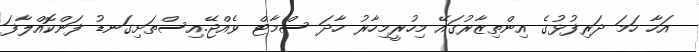
އަހާ ހަމަ ދަރިފުޅުގެ އިންތިޒާރުގައޭ މިހުރީމިހާރު ހާދަ ސްމާޓް ވެއްޖޭ.އިސްތަށިގަނޑު ފަންކޮއްލާފަ